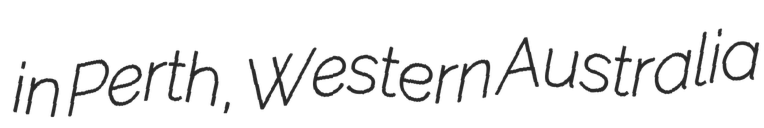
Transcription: in Perth, Western Australia